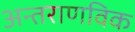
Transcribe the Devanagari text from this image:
अन्तराणविक